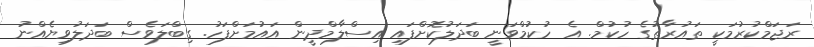
ރަޖަމްކުރުމަކީ ތައުރާތުގެ ހުކުމް. އެ ހުކުމްވަނީ ބަދަލުކޮށްފައި އިސްލާމްދީން އައުމަށްފަހު. ގިބްލަވެސް ބަދަލުވިޔެއްނު